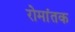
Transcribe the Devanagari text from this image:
रोमांतक